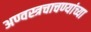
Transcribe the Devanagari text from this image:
अण्वस्त्रचाचण्यांच्या